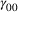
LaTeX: \gamma _ { 0 0 }